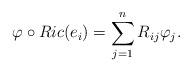
LaTeX: \begin{align*}\varphi\circ Ric(e_{i})=\sum_{j=1}^{n}R_{ij}\varphi_{j}.\end{align*}